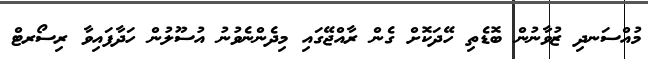
މުއްސަނދި ޒުވާނުން ބޮޑެތި ހޭދަކޮށް ގެން ރާއްޖޭގައި މިދެންނެވުނު އުސޫލުން ހަދާފައިވާ ރިސޯރޓް